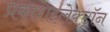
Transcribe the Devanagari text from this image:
प्रकाशइलेक्ट्रॉन